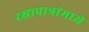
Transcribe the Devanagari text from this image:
रक्षापात्रांमध्ये